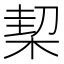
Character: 𣔘